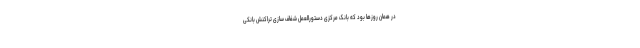
در همان روزها بود که بانک مرکزی دستورالعمل شفاف سازی تراکنش بانکی